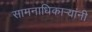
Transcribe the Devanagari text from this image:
सामनाधिकार्‍यांनी